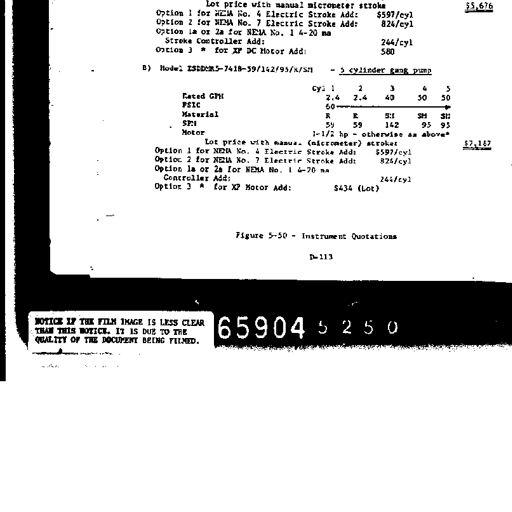
Lot price with manual micrometer stroke
Option 1 for NEMA No. 4 Electric Stroke Add: $597/cyl
Option 2 for NEMA No. 7 Electric Stroke Add: 824/cyl
Option 1a or 2a for NEMA No. 1 4-20 ma
Stroke Controller Add: 244/cyl
Option 3 * for XP DC Motor Add: 580

B) Model ISBDMR5-7418-59/142/95/X/SM - 5 cylinder gang pump

Cyl 1 2 3 4 5
Rated GPH 2.4 2.4 40 50 50
PSIG 60
Material R R SS SH SS
SPM 59 59 142 95 95
Motor 1-1/2 hp - otherwise as above*
Lot price with manual (micrometer) stroke:
Option 1 for NEMA No. 4 Electric Stroke Add: $597/cyl
Option 2 for NEMA No. 7 Electric Stroke Add: 824/cyl
Option 1a or 2a for NEMA No. 1 4-20 ma
Controller Add: 244/cyl
Option 3 * for XP Motor Add: $434 (Lot)

Figure 5-50 - Instrument Quotations
D-113

NOTICE IF THE FILM IMAGE IS LESS CLEAR
THAN THIS NOTICE, IT IS DUE TO THE
QUALITY OF THE DOCUMENT BEING FILMED.

65904 5 2 5 0 $5,676 $7,187